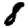
Digit: 8